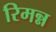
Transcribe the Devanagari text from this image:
रिमन्न